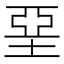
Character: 堊